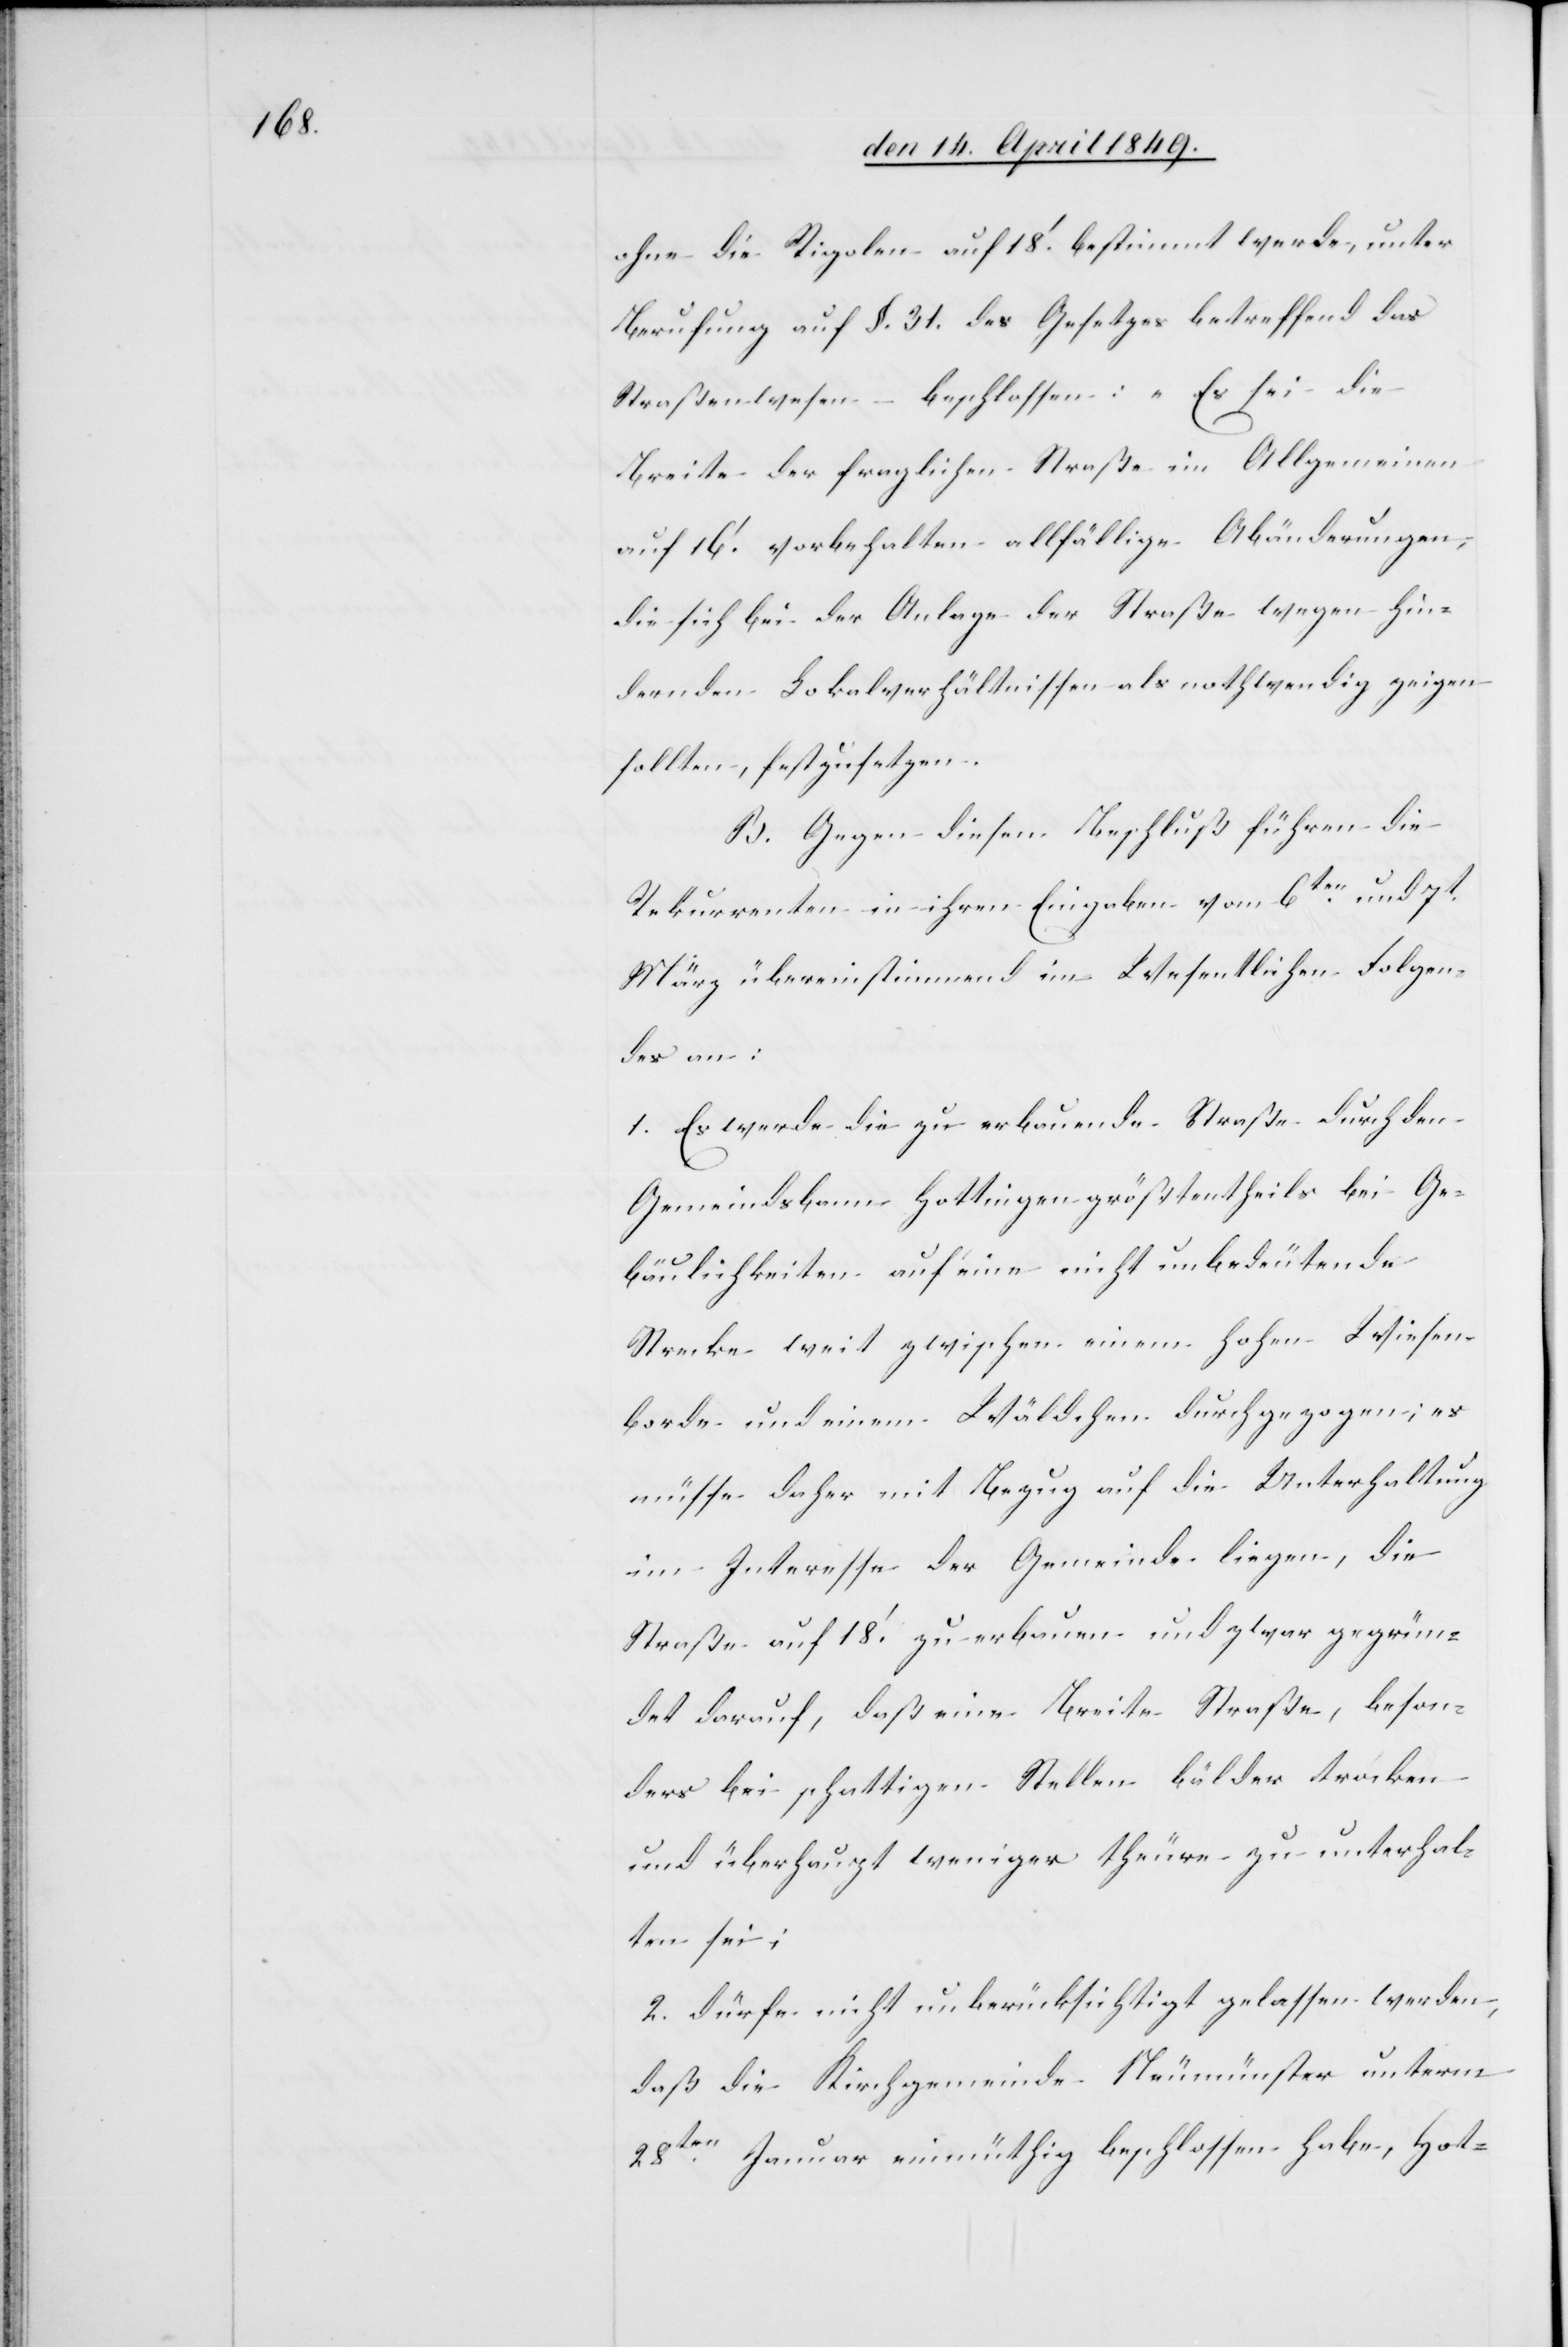
ohne die Rigolen auf 18‘. bestimmt werde, unter
Berufung auf §. 31. des Gesetzes betreffend das
Straßenwesen – beschlossen: „Es sei die
Breite der fraglichen Straße im Allgemeinen
auf 16‘. vorbehalten allfällige Abänderungen,
die sich bei der Anlage der Straße wegen hin¬
dernden Lokalverhältnissen als nothwendig zeigen
sollten, festzusetzen.[“]
B. Gegen diesen Beschluß führen die
Rekurrenten in ihren Eingaben vom 6ten und 7t
März übereinstimmend im Wesentlichen Folgen¬
des an:
1. Es werde die zu erbauende Straße durch den
Gemeindsbann Hottingen größtentheils bei Ge¬
bäulichkeiten auf eine nicht unbedeutende
Strecke weit zwischen einem hohen Wiesen¬
borde und einem Wäldchen durchgezogen; es
müsse daher mit Bezug auf die Unterhaltung
im Interesse der Gemeinde liegen, die
Straße auf 18‘. zu erbauen und zwar gegrün¬
det darauf, daß eine Breite Straße, beson¬
ders bei schattigen Stellen bälder trocken
und überhaupt weniger theure zu unterhal¬
ten sei;
2. dürfe nicht unberücksichtigt zu[ge]lassen werden,
daß die Kirchgemeinde Neumünster unterm
28ten Januar einmüthig beschlossen habe, Hot-